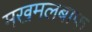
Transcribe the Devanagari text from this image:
मखमलबाफ